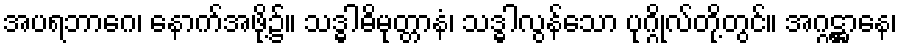
အပရဘာဂေ၊ နောက်အဖို့၌။ သဒ္ဓါဓိမုတ္တာနံ၊ သဒ္ဓါလွန်သော ပုဂ္ဂိုလ်တို့တွင်။ အဂ္ဂဋ္ဌာနေ၊